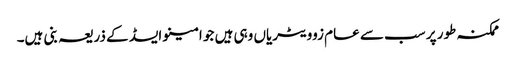
ممکنہ طور پر سب سے عام زوویٹریاں وہی ہیں جو امینو ایسڈ کے ذریعہ بنی ہیں۔